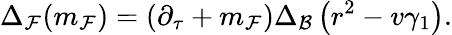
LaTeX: \Delta_{\cal F}(m_{\cal F})=\left(\partial_{\tau}+m_{\cal F}\right)\Delta_{\cal B}\left(r^{2}-v\gamma_{1}\right).